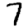
Digit: 7